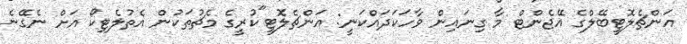
އަންޗެލޮޓީބޭލްގެ އޭޖެންޓް މާ ގިނައިން ވާހަކަދައްކަނީ: އަންޗެލޮޓީ"ކުރީގެ މެޗުތަކުން އެތުލެޓިކޯ އަށް ނެގޭނެ